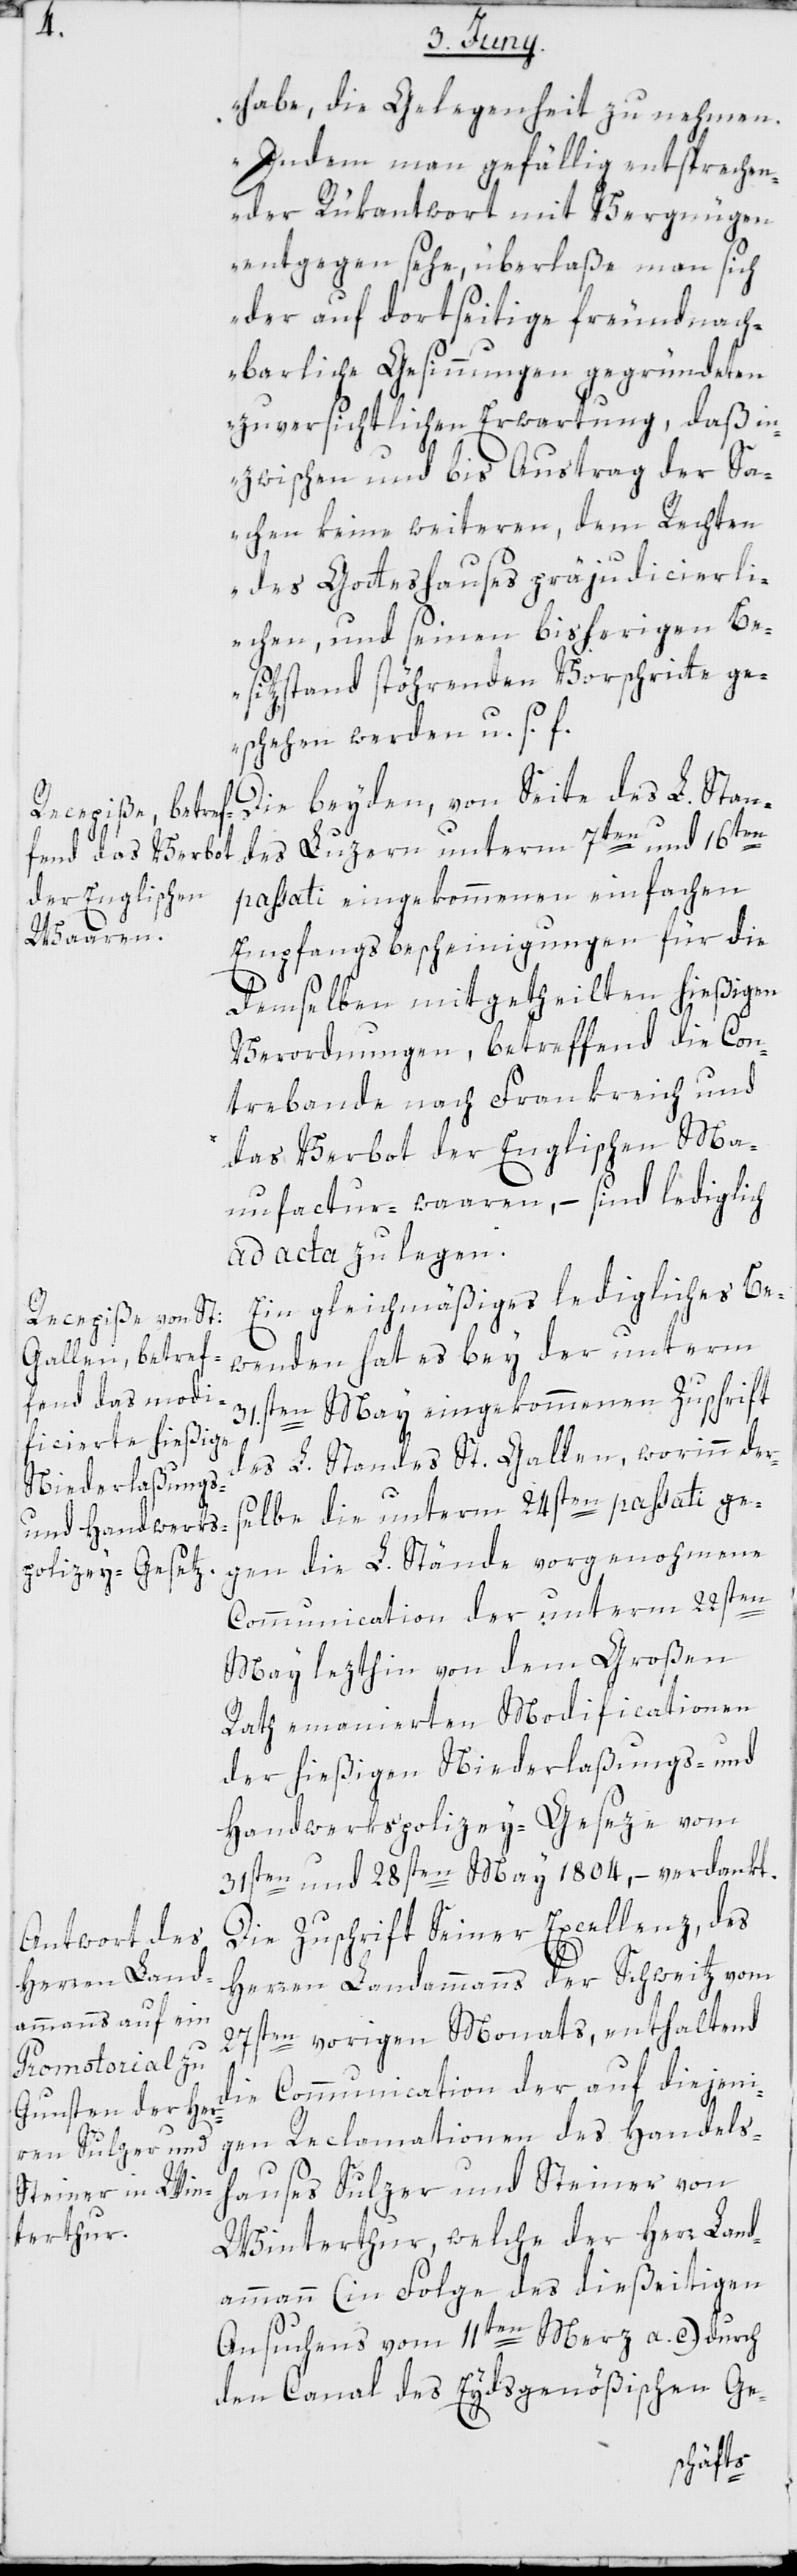
habe, die Gelegenheit zu nehmen.
Indem man gefällig entsprechen¬
der Rükantwort mit Vergnügen
entgegen sehe, überlaße man sich
der auf dortseitige freundnach¬
barliche Gesinnungen gegründeten
zuversichtlichen Erwartung, daß in¬
zwischen und bis Austrag der Sa¬
chen keine weiteren, dem Rechten
des Gotteshauses präjudicierli¬
chen, und seinen bisherigen Be¬
sitzstand stöhrenden Vorschritte ge¬
schehen werden u. s. f.“
Die beyden, von Seite des L. Stan¬
des Luzern unterm 7ten und 16ten
passati eingekommenen einfachen
Empfangsbescheinigungen für die
demselben mitgetheilten hießigen
Verordnungen, betreffend die Con¬
trebande nach Frankreich und
das Verbot der Englischen Man¬
ufactur-waaren, – sind lediglich
ad acta zu legen.
Ein gleichmäßiges ledigliches Be¬
wenden hat es bey der unterm
31.sten May eingekommenen Zuschrift
des L. Standes St. Gallen, worinn der¬
selbe die unterm 24sten passati ge¬
gen die L. Stände vorgenohmene
Communication der unterm 22sten
May lezthin von dem Großen
Rath emanierten Modificationen
der hießigen Niederlaßungs- und
Handwerkspolizey-Geseze vom
31sten und 28sten May 1804, – verdankt.
Die Zuschrift Seiner Excellenz, des
Herren Landammanns der Schweitz vom
27sten vorigen Monats, enthaltend
die Communication der auf diejeni¬
gen Reclamationen des Handels¬
hauses Sulzer und Steiner von
Winterthur, welche der Herr Land¬
ammann (in Folge des dießeitigen
Ansuchens vom 11ten Merz a. c.) durch
den Canal des Eydsgenößischen Ge-